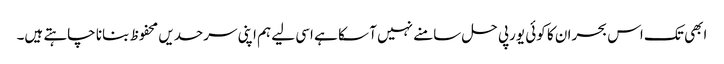
ابھی تک اس بحران کا کوئی یورپی حل سامنے نہیں آ سکا ہے اسی لیے ہم اپنی سرحدیں محفوظ بنانا چاہتے ہیں۔